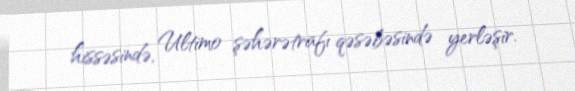
hissəsində, Ultimo şəhərətrafı qəsəbəsində yerləşir.